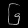
Digit: ၆